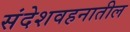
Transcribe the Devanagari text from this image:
संदेशवहनातील